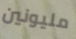
مليونين